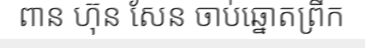
ពាន ហ៊ុន សែន ចាប់ឆ្នោតព្រឹក